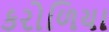
કરોળિયા